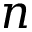
n